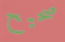
صحيح